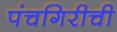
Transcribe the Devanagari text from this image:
पंचगिरीची